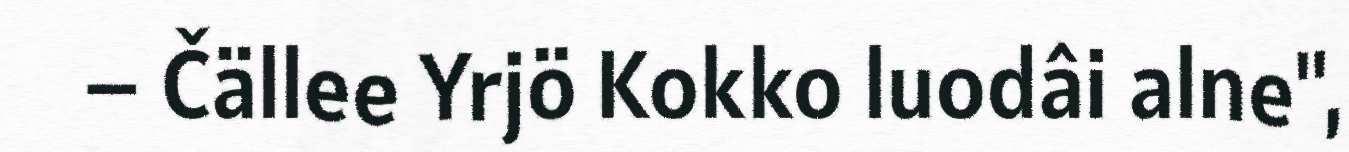
– Čällee Yrjö Kokko luodâi alne",